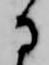
に